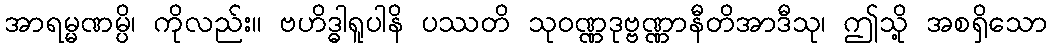
အာရမ္မဏမ္ပိ၊ ကိုလည်း။ ဗဟိဒ္ဓါရူပါနိ ပဿတိ သုဝဏ္ဏဒုဗ္ဗဏ္ဏာနီတိအာဒီသု၊ ဤသို့ အစရှိသော